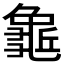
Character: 𪚺